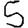
Digit: 5